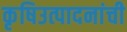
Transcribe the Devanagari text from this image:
कृषिउत्पादनांची